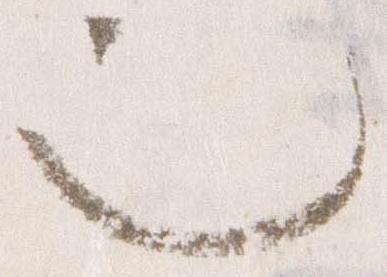
也